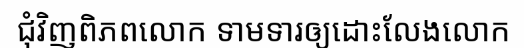
ជុំវិញពិភពលោក ទាមទារឲ្យដោះលែងលោក